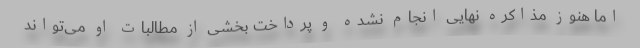
اما هنوز مذاکره نهایی انجام نشده و پرداخت بخشی از مطالبات او می‌تواند